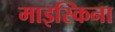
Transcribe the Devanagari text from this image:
माइस्किना